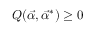
Q ( \vec { \alpha } , \vec { \alpha } ^ { * } ) \geq 0